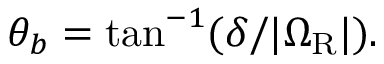
\theta _ { b } = \mathrm { t a n } ^ { - 1 } ( \delta / | \Omega _ { \mathrm { R } } | ) .